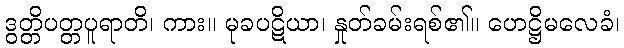
ဒွတ္တိပတ္တပူရာတိ၊ ကား။ မုခပဋိယာ၊ နှုတ်ခမ်းရစ်၏။ ဟေဋ္ဌိမလေခံ၊